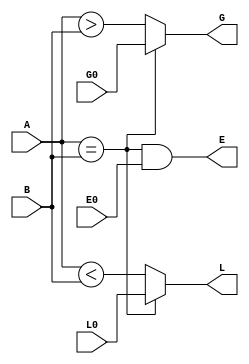
module comparator(
    input A,
    input B,
    input E0,
    input L0,
    input G0,
    output E,
    output L,
    output G,
    );
	 
	 assign E = (A == B) & E0;  
    assign L = A == B ? L0 : A < B;
    assign G = A == B ? G0 : A > B;

endmodule